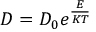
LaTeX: D = D _ { 0 } e ^ { \frac { E } { K T } }